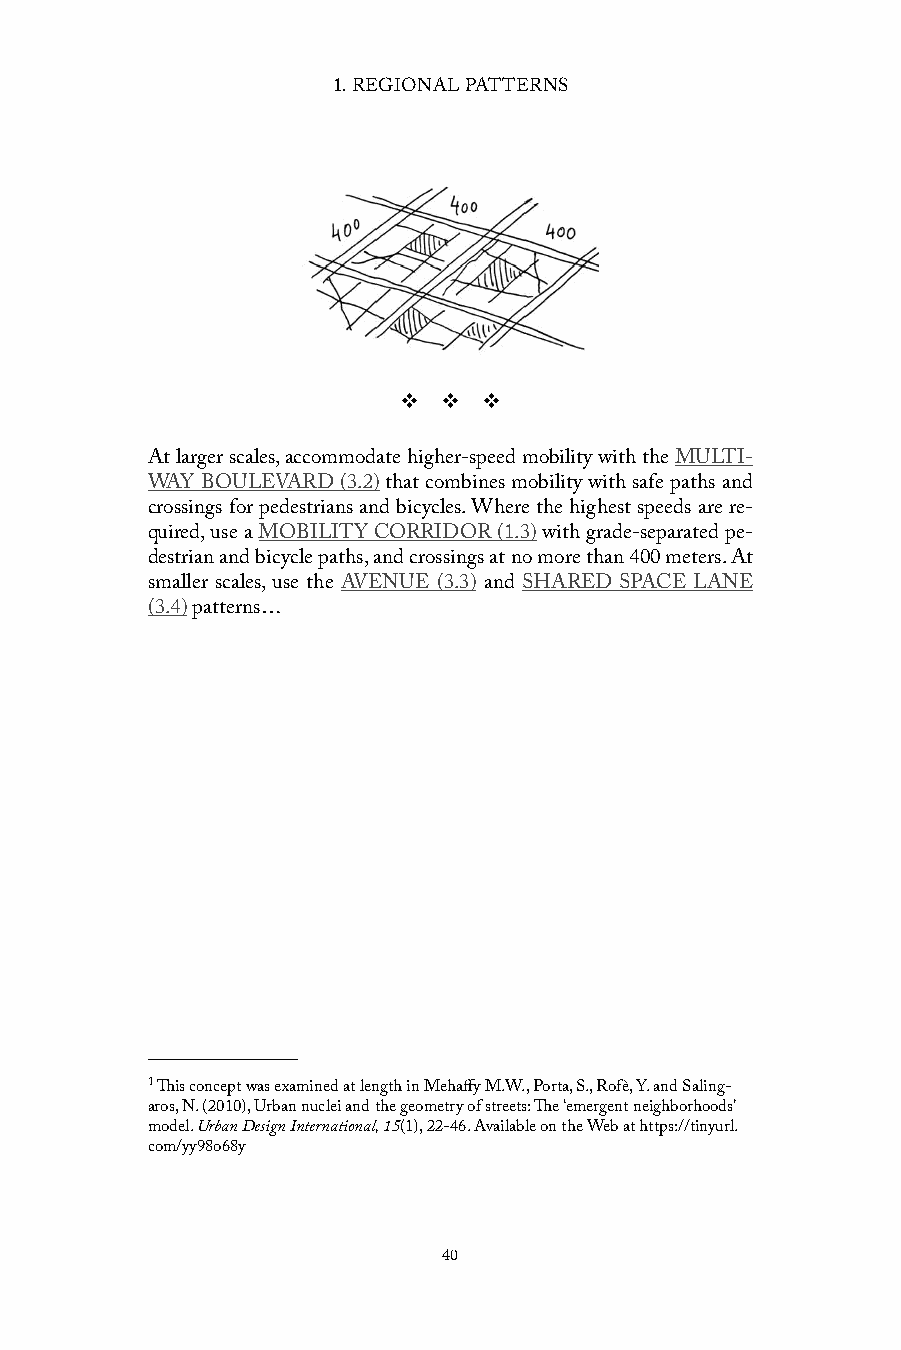
1. REGIONAL PATTERNS
 v  v  v
 At larger scales, accommodate higher-speed mobility with the MULTI-
 WAY BOULEVARD (3.2) that combines mobility with safe paths and
 crossings for pedestrians and bicycles. Where the highest speeds are re-
 quired, use a MOBILITY CORRIDOR (1.3) with grade-separated pe-
 destrian and bicycle paths, and crossings at no more than 400 meters. At
 smaller scales, use the AVENUE (3.3) and SHARED SPACE LANE
 (3.4) patterns…
 1 This concept was examined at length in Mehaffy M.W., Porta, S., Rofè, Y. and Saling-
 aros, N. (2010), Urban nuclei and the geometry of streets: The ‘emergent neighborhoods’
 model. Urban Design International, 15(1), 22-46. Available on the Web at https://tinyurl.
 com/yy98o68y
 40